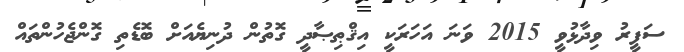
ސަފީރު ވިދާޅުވީ 2015 ވަނަ އަހަރަކީ އިޤްޠިޞާދީ ގޮތުން ދުނިޔެއަށް ބޮޑެތި ގޮންޖެހުންތައް